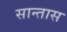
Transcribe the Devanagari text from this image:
सान्तास